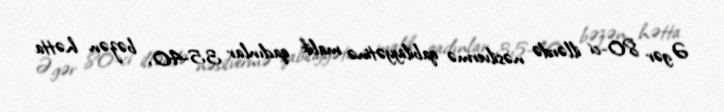
Əgər 80-ci illərdə nəsilvermə qabiliyyətinə malik qadınlar 35-40, bəzən hətta